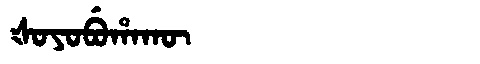
Manchu: ᡧᠣᠶᠣᠪᡠᡥᠠᡴᡡ
Romanization: ŠOYOBUHAKŪ